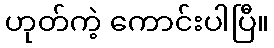
ဟုတ်ကဲ့ ကောင်းပါပြီ။